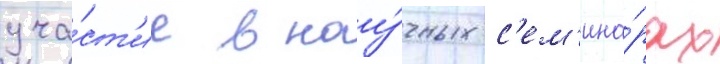
уча́ст'ие в нау́чных с'ем'ина́рах